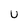
Character: U